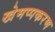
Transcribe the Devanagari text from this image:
खेमप्पकरण